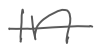
Text: in
Cross-out: single-line
Writing tool: digital_gray